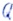
Text: Q